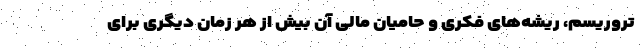
تروریسم، ریشه‌های فکری و حامیان مالی آن بیش از هر زمان دیگری برای